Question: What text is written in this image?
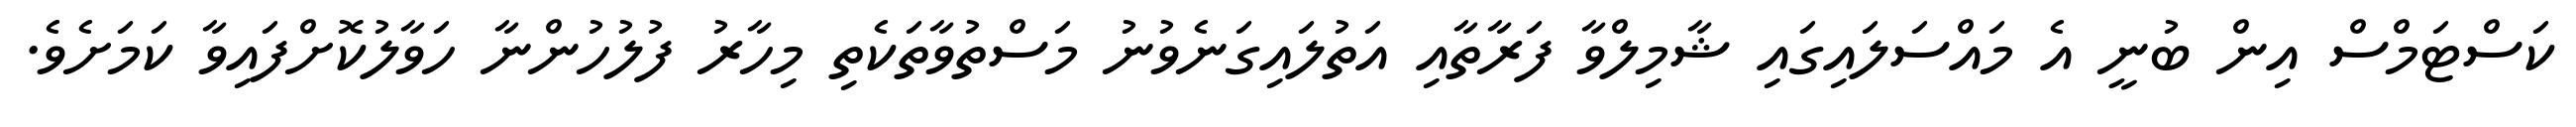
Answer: ކަސްޓަމްސް އިން ބުނީ އެ މައްސަލައިގައި ޝާމިލްވާ ފަރާތާއި އަތުލައިގަނެވުނު މަސްތުވާތަކެތި މިހާރު ފުލުހުންނާ ހަވާލުކޮށްފައިވާ ކަމަށެވެ.